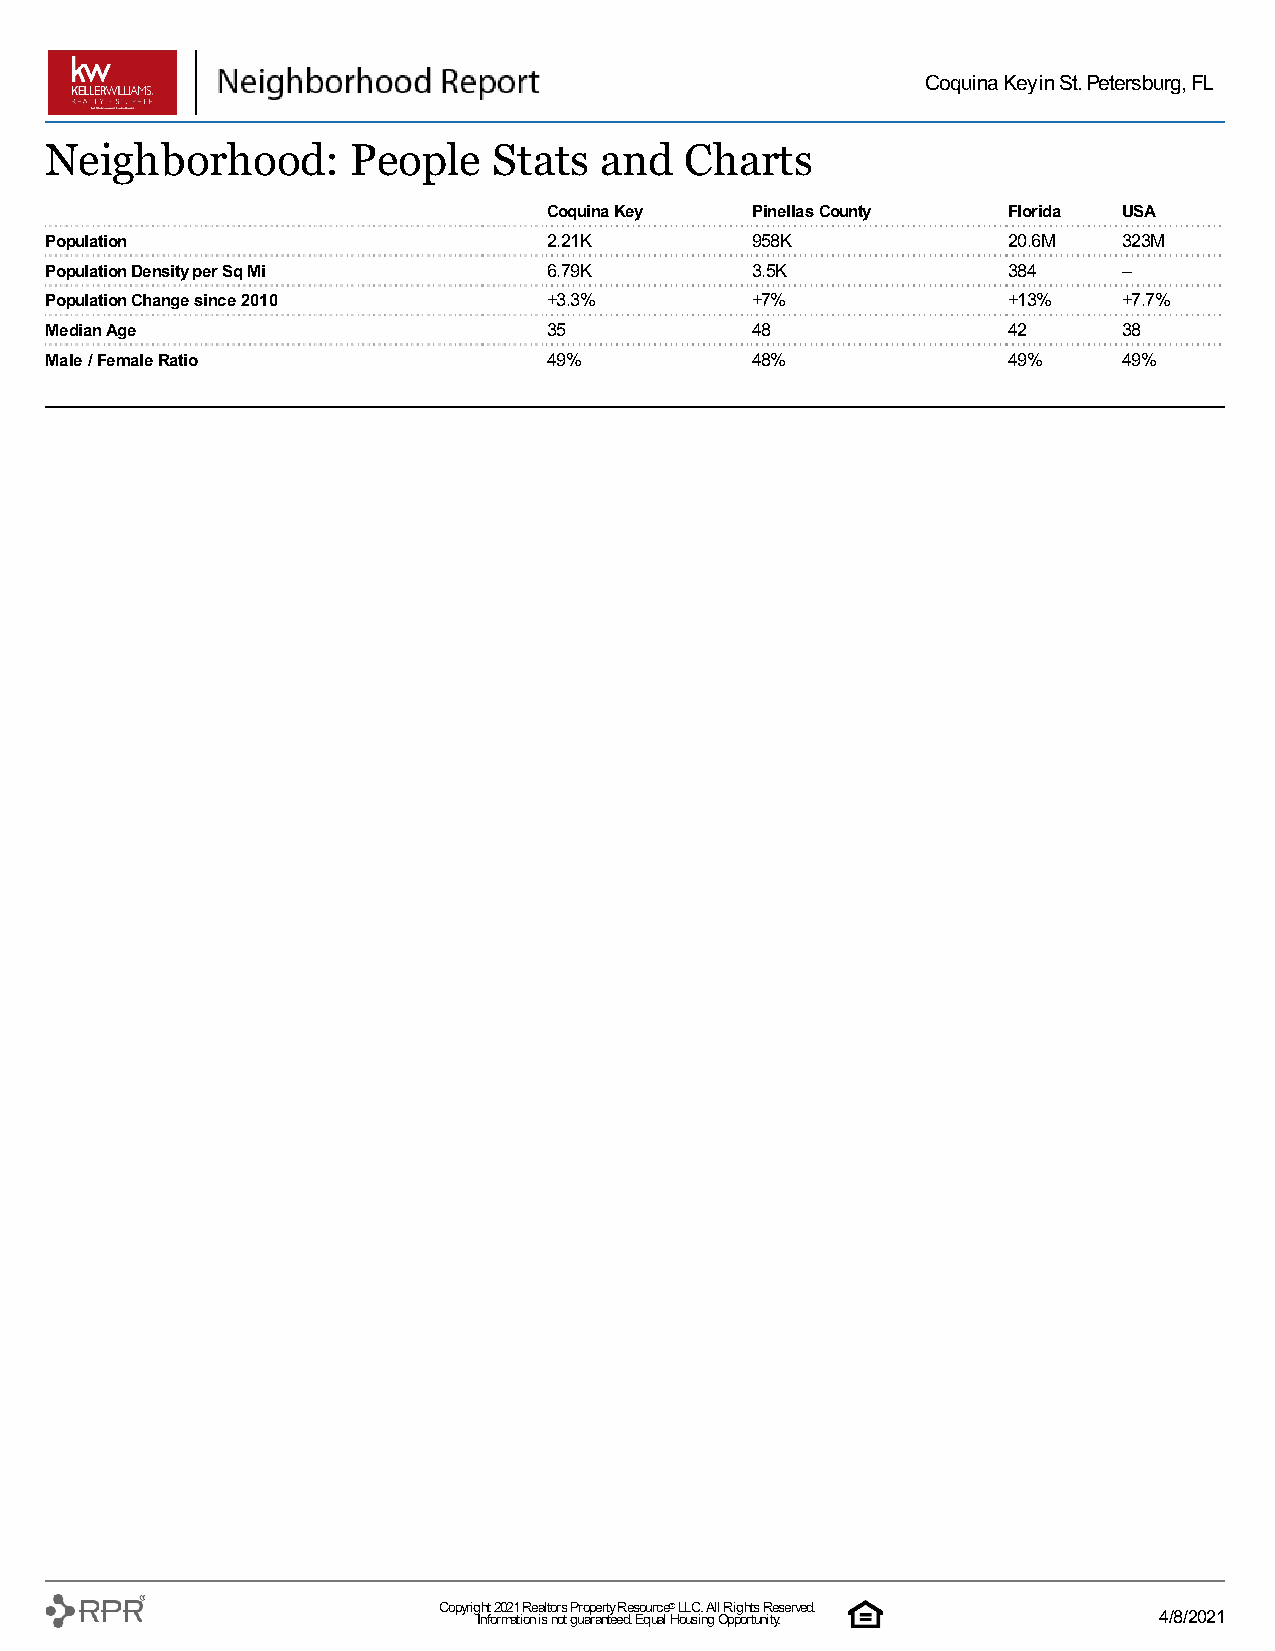
Coquina Key in St. Petersburg, FL
 Neighborhood:       People    Stats  and  Charts
 Coquina Key   Pinellas County  Florida USA
 Population                       2.21K         958K             20.6M  323M
 Population Density per Sq Mi     6.79K         3.5K             384    –
 Population Change since 2010     +3.3%         +7%              +13%   +7.7%
 Median Age                       35            48               42     38
 Male / Female Ratio              49%           48%              49%    49%
 Copyrig Inh ft o 2 r0 m2 a1 t iR one a islt o nr os t gP uro ap rae nrt ty e eR de . s Eo qu urc ae l ® H L oL uC si. n A gl l O R pi pg oh rt ts u nR ite y.served. 4/8/2021